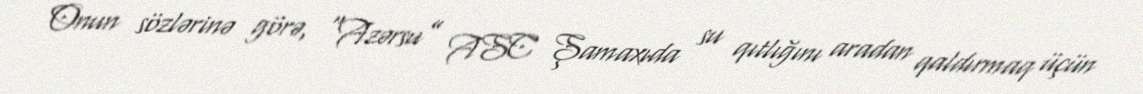
Onun sözlərinə görə, “Azərsu” ASC Şamaxıda su qıtlığını aradan qaldırmaq üçün